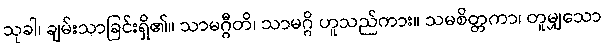
သုခါ၊ ချမ်းသာခြင်းရှိ၏။ သာမဂ္ဂီတိ၊ သာမဂ္ဂိ ဟူသည်ကား။ သမစိတ္တကာ၊ တူမျှသော